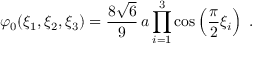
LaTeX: \varphi _ { 0 } ( \xi _ { 1 } , \xi _ { 2 } , \xi _ { 3 } ) = \frac { 8 \sqrt { 6 } } { 9 } \, a \prod _ { i = 1 } ^ { 3 } \cos \left( \frac { \pi } { 2 } \xi _ { i } \right) \; .